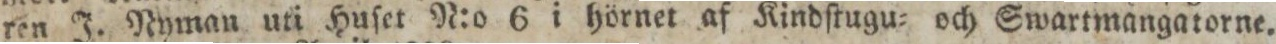
ren J. Nyman uti Huſet N:o 6 i hörnet af Kindſtugu= och Swartmangatorne.